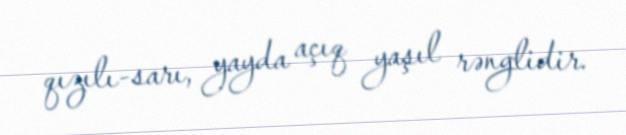
qızılı-sarı, yayda açıq yaşıl rənglidir.